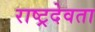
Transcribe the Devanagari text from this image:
राष्ट्रदेवता